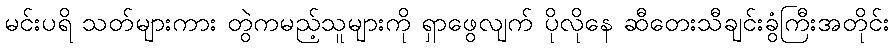
မင်းပရိ သတ်များကား တွဲကမည့်သူများကို ရှာဖွေလျက် ပိုလိုနေ ဆီတေးသီချင်းခွံကြီးအတိုင်း